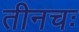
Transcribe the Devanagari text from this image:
तीनचः